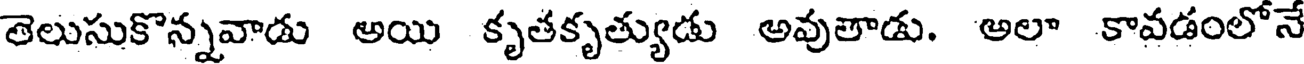
తెలుసుకొన్నవాడు అయి కృతకృత్యుడు అవుతాడు. అలా కావడంలోనే